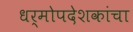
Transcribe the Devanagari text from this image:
धर्मोपदेशकांचा